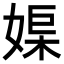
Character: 𡞮